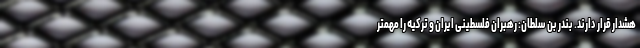
هشدار قرار دارند. بندر بن سلطان: رهبران فلسطینی ایران و ترکیه را مهمتر